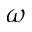
\omega